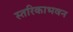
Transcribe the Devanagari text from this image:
स्तरिकाभवन